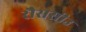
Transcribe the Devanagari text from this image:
रौससीउ